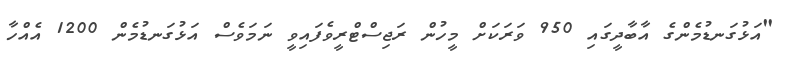
"އަޅުގަނޑުމެންގެ އާބާދީގައި 950 ވަރަކަށް މީހުން ރަޖިސްޓްރީވެފައިވީ ނަމަވެސް އަޅުގަނޑުމެން 1200 އެއްހާ